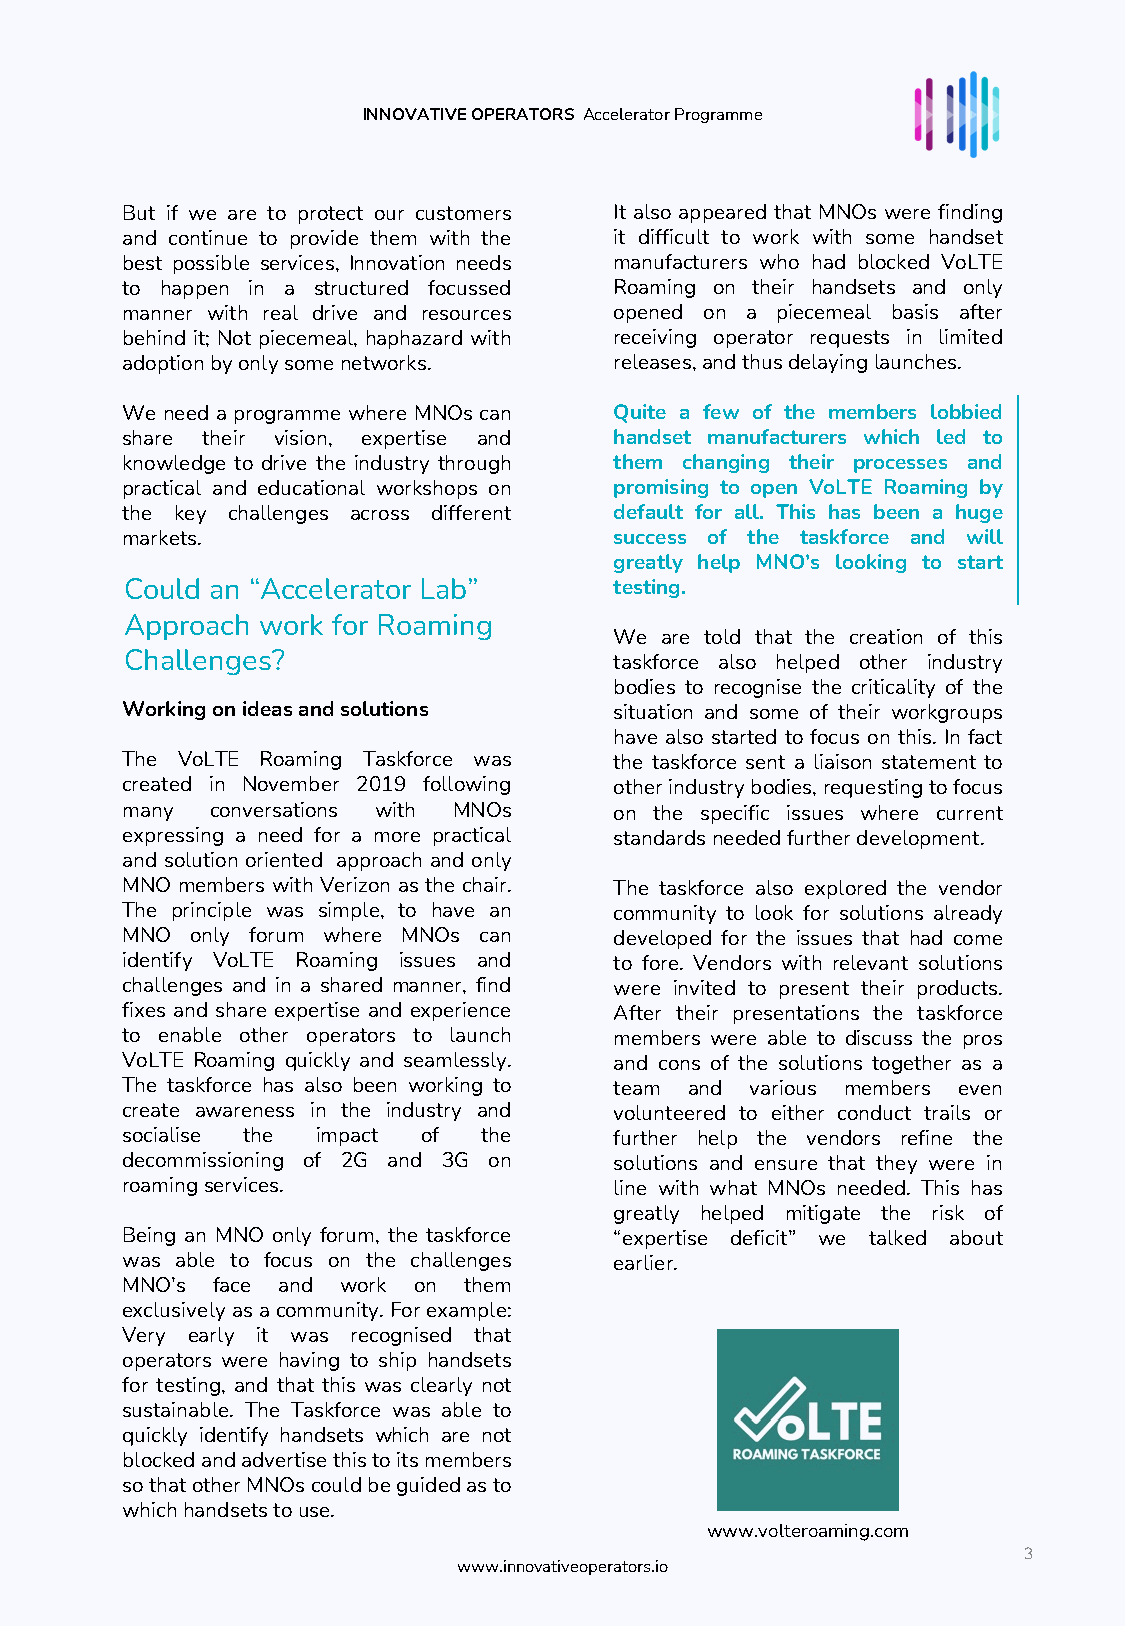
INNOVATIVE OPERATORS AcceleratorProgramme
 But if we are to protect our customers It also appeared that MNOs were finding
 and continue to provide them with the it difficult to work with some handset
 best possible services, Innovation needs manufacturers who had blocked VoLTE
 to happen in a structured focussed Roaming on their handsets and only
 manner with real drive and resources opened on a piecemeal basis after
 behind it; Not piecemeal, haphazard with receiving operator requests in limited
 adoptionbyonlysomenetworks.      releases,andthusdelayinglaunches.
 We need a programme where MNOs can Quite a few of the members lobbied
 share their vision, expertise and handset manufacturers which led to
 knowledge to drive the industry through them changing their processes and
 practical and educational workshops on promising to open VoLTE Roaming by
 the key challenges across different default for all. This has been a huge
 markets.                         success of the taskforce and will
 greatly help MNO’s looking to start
 Could an “Accelerator Lab”       testing.
 Approach work for Roaming
 We are told that the creation of this
 Challenges?                      taskforce also helped other industry
 bodies to recognise the criticality of the
 Workingonideasandsolutions       situation and some of their workgroups
 have also started to focus on this. In fact
 The VoLTE Roaming Taskforce was  the taskforce sent a liaison statement to
 created in November 2019 following otherindustrybodies,requestingtofocus
 many  conversations with MNOs    on the specific issues where current
 expressing a need for a more practical standardsneededfurtherdevelopment.
 and solution oriented approach and only
 MNO members with Verizon as the chair. The taskforce also explored the vendor
 The principle was simple, to have an community to look for solutions already
 MNO  only forum where MNOs can   developed for the issues that had come
 identify VoLTE Roaming issues and to fore. Vendors with relevant solutions
 challenges and in a shared manner, find were invited to present their products.
 fixes and share expertise and experience After their presentations the taskforce
 to enable other operators to launch members were able to discuss the pros
 VoLTE Roaming quickly and seamlessly. and cons of the solutions together as a
 The taskforce has also been working to team and various members even
 create awareness in the industry and volunteered to either conduct trails or
 socialise the impact of the      further help the vendors refine the
 decommissioning of 2G and 3G on  solutions and ensure that they were in
 roamingservices.                 line with what MNOs needed. This has
 greatly helped mitigate the risk of
 Being an MNO only forum, the taskforce “expertise deficit” we talked about
 was able to focus on the challenges earlier.
 MNO’s face and work on them
 exclusivelyasacommunity.For example:
 Very early it was recognised that
 operators were having to ship handsets
 for testing, and that this was clearly not
 sustainable. The Taskforce was able to
 quickly identify handsets which are not
 blockedandadvertisethistoitsmembers
 sothatotherMNOscouldbeguidedasto
 whichhandsetstouse.
 www.volteroaming.com
 3
 www.innovativeoperators.io